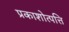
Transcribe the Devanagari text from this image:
प्रकाशोत्पत्ति